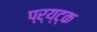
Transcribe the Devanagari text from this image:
प्र्य्ट्क